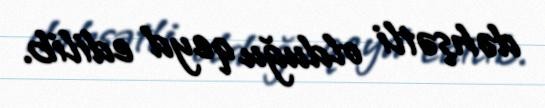
dəhşətli olduğu qeyd edilib.